Indian journal of veterinary science and animal husbandry - Volumes 26-27, 1956-1957
Year: 1956
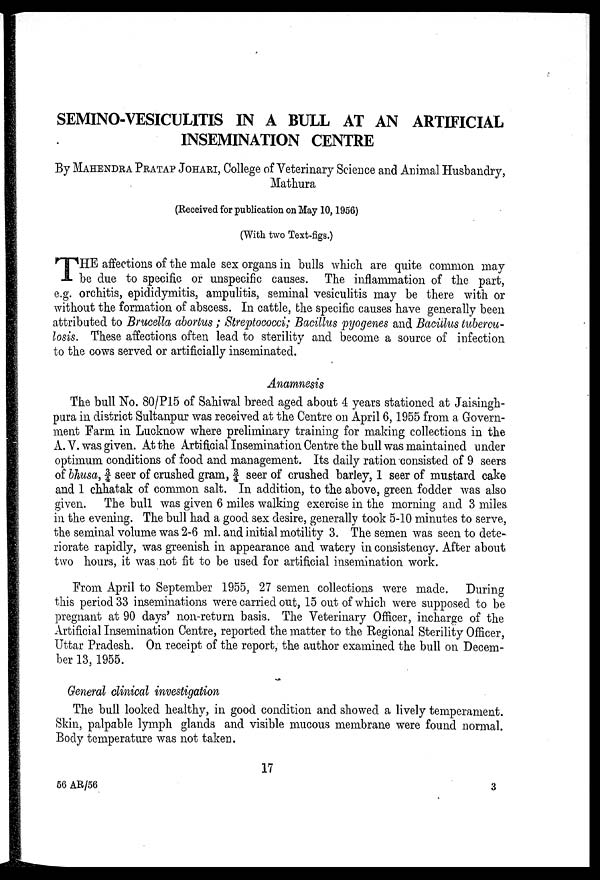
SEMINO-VESICULITIS IN A BULL AT AN ARTIFICIAL
INSEMINATION CENTRE
By MAHENDRA PRATAP JOHARI, College of Veterinary Science and Animal Husbandry,
Mathura
(Received for publication on May 10, 1956)
(With two Text-figs.)
T HE affections of the male sex organs in bulls which are quite common may
be due to specific or unspecific causes. The inflammation of the part,
e.g. orchitis, epididymitis, ampulitis, seminal vesiculitis may be there with or
without the formation of abscess. In cattle, the specific causes have generally been
attributed to Brucella abortus ; Streptococci; Bacillus pyogenes and Bacillus tubercu-
losis. These affections often lead to sterility and become a source of infection
to the cows served or artificially inseminated.
Anamnesis
The bull No. 80/P15 of Sahiwal breed aged about 4 years stationed at Jaisingh-
pura in district Sultanpur was received at the Centre on April 6, 1955 from a Govern-
ment Farm in Lucknow where preliminary training for making collections in the
A. V. was given. At the Artificial Insemination Centre the bull was maintained under
optimum conditions of food and management. Its daily ration consisted of 9 seers
of bhusa, ¾ seer of crushed gram, ¾ seer of crushed barley, 1 seer of mustard cake
and 1 chhatak of common salt. In addition, to the above, green fodder was also
given. The bull was given 6 miles walking exercise in the morning and 3 miles
in the evening. The bull had a good sex desire, generally took 5-10 minutes to serve,
the seminal volume was 2-6 ml. and initial motility 3. The semen was seen to dete-
riorate rapidly, was greenish in appearance and watery in consistency. After about
two hours, it was not fit to be used for artificial insemination work.
From April to September 1955, 27 semen collections were made. During
this period 33 inseminations were carried out, 15 out of which were supposed to be
pregnant at 90 days' non-return basis. The Veterinary Officer, incharge of the
Artificial Insemination Centre, reported the matter to the Regional Sterility Officer,
Uttar Pradesh. On receipt of the report, the author examined the bull on Decem-
ber 13, 1955.
General clinical investigation
The bull looked healthy, in good condition and showed a lively temperament.
Skin, palpable lymph glands and visible mucous membrane were found normal.
Body temperature was not taken.
17
56 AR/56
3